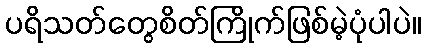
ပရိသတ်တွေစိတ်ကြိုက်ဖြစ်မဲ့ပုံပါပဲ။